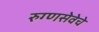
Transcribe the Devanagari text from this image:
रुग्णसेवेचे